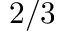
2 / 3